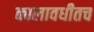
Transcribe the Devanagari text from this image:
कालावधीतच